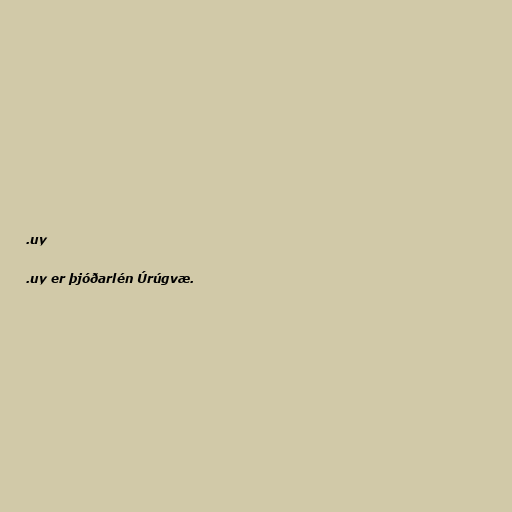
.uy

.uy er þjóðarlén Úrúgvæ.